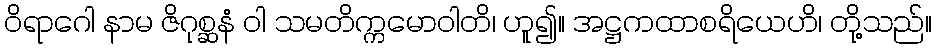
ဝိရာဂေါ နာမ ဇိဂုစ္ဆနံ ဝါ သမတိက္ကမောဝါတိ၊ ဟူ၍။ အဋ္ဌကထာစရိယေဟိ၊ တို့သည်။